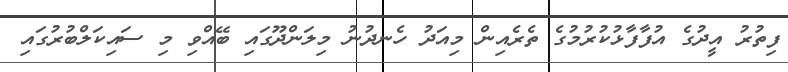
ފިތުރު އީދުގެ އުފާފާޅުކުރުމުގެ ތެރެއިން މިއަދު ހެނދުނު މިލަންދޫގައި ބޭއްވި މި ސައިކަލްބުރުގައި